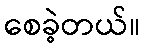
စေခဲ့တယ်။